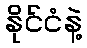
နိုင်ငံနဲ့